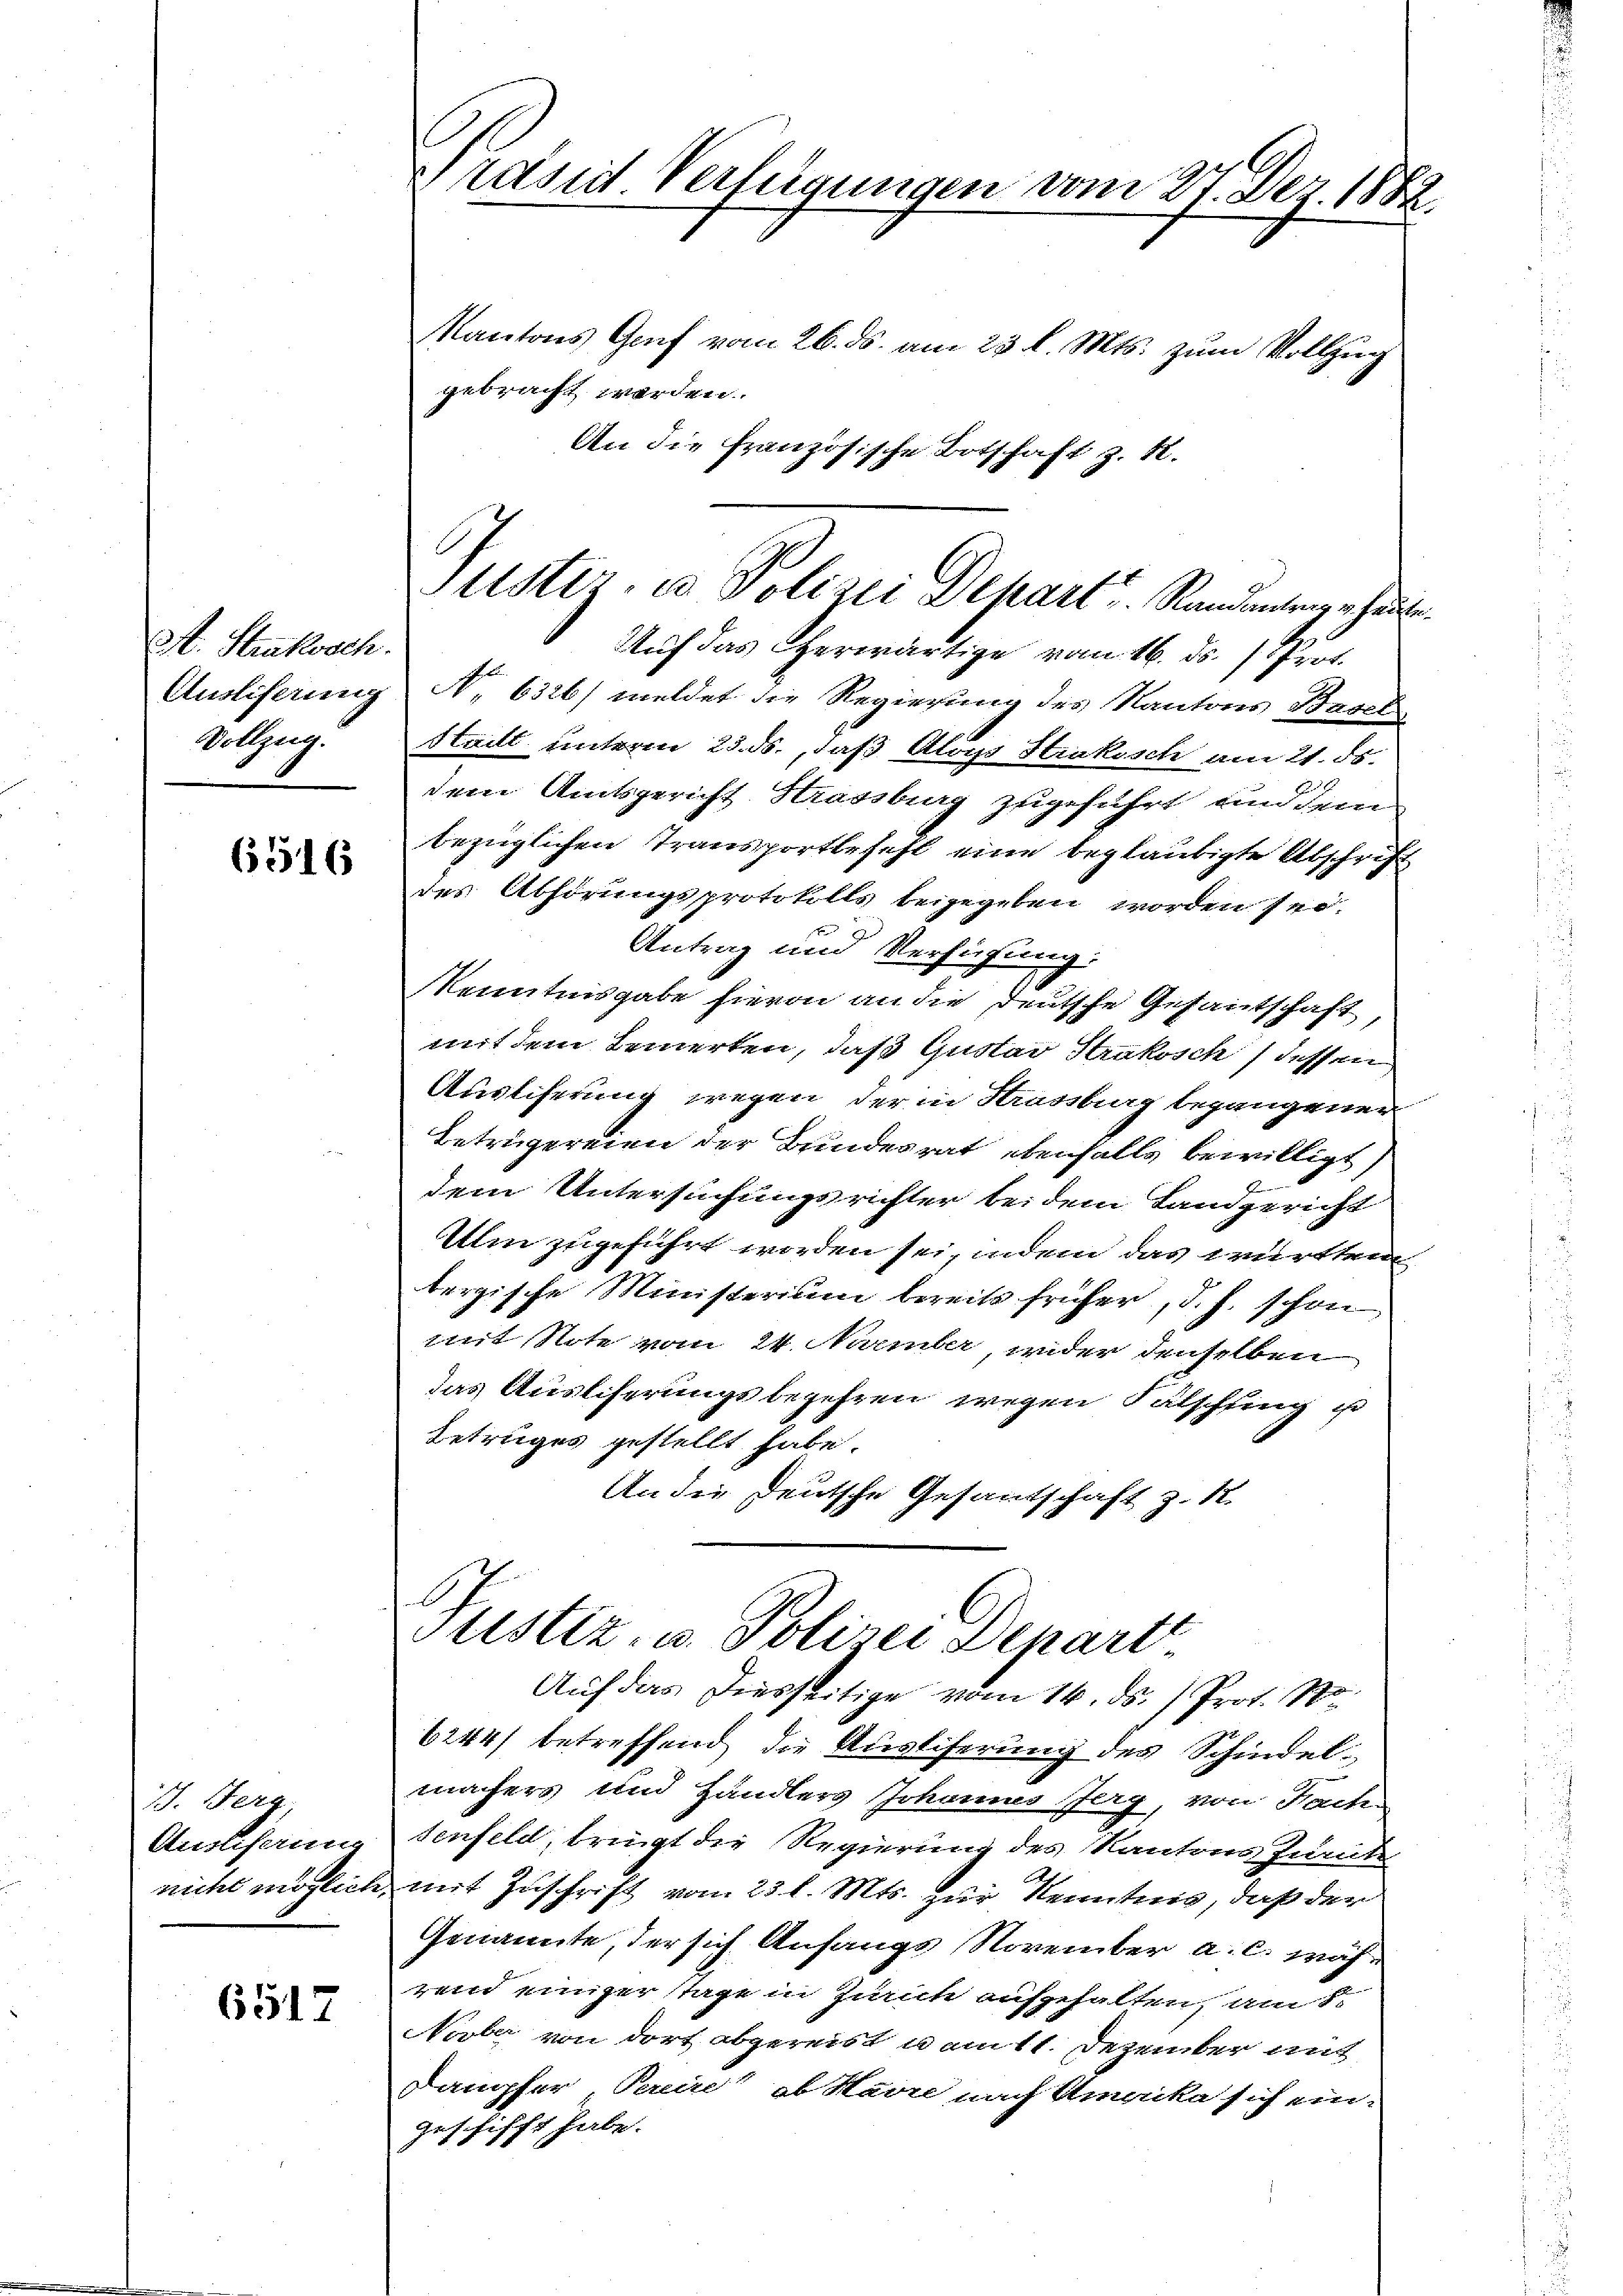
St. Stratlosch.
Ausliferung
Vollzug.

6516

1. Fers
Anslieferun
nicht möglich.

6517

rasid Verfügungen vom 27. Dez. 1882.
Kantons Graf vom 26. ds. am 23 l. Mts. zum Vollzug
gebracht werden.
An die Französische Botschaft z. R.

Auf das Herwärtige vom 16. ds. Prot.
N. 6326/ meldet die Regierung des Kantons Basel
Stadt unterm 23. ds., daß Aloys Hinkisch am 21. 55.
dem Amtsgericht Krassburg zugeführt, und dem
bezüglichen Transportbefehl eine beglaubigte Abschrift
des Abhörungsprotokolls beigegeben worden sei.
t
Antrag und Versuchung.
Kenntnisgabe hievon an die deutsche Gefantschaft,
mit dem Temerken, daß Gustav Strakosch dessen
Auslieferung wegen der in Krassburg begangener
Betrügereien der Bundesrat ebenfalls bewilligt,
dem Untersuchungsrichter bei dem Landgericht
Ulm zugeführt worden sei, indem das württem
tergische Ministerium bereits früher, d. J. schon
mit Note vom 24. Normber, wider denselben
das Auslieferungs begehren, wegen Fälschling un
Betruges gestellt habe.
An die Deutsche Gesandschaft z. R.
Justiz, u. Polizei Depart
Auf das Diesseitige vom 14. ds. Prot. No.
6244) betreffend die Austiferung des Schindel-
machers und Händlers Johanns Jerg, von Fach-
senfeld, tringt die Regierung des Kantons Junite
mit Zuschrift vom 23 l. Mts. zur Kenntnis, daß der
Genannte, der sich Anfangs November a. c. währ
rend einiger Tage in Zürche aufgehalten, am 8.
Nüber von dort abgereist u am 11. Dezember auc
Dampfer Pein“ ab Havre nach Umvika sich ein-
zeschifft habe.

Puster. c. Polizei Depart. Standentenge heut